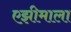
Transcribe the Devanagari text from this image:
एझीमाला